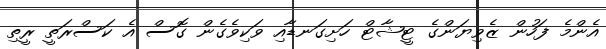
އެންމެ ފަހުން ޒެވިޔަންގެ ޓީޝާޓް ހަށިގަނޑާއި ވަކިވެގެން ގޮސް އެ ކަސްރަތީ ރީތި